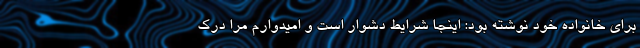
برای خانواده خود نوشته بود: اینجا شرایط دشوار است و امیدوارم مرا درک